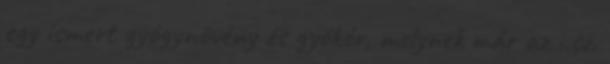
egy ismert gyógynövény és gyökér, melynek már az i.sz.